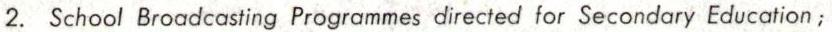
2. School Broadcasting Programmes directed for Secondary Education;